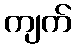
ကျက်